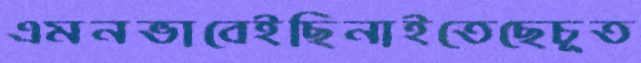
এমনভাবেইছিনাইতেছেচূত